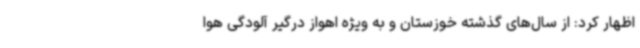
اظهار کرد: از سال‌های گذشته خوزستان و به ویژه اهواز درگیر آلودگی هوا